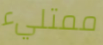
ممتليء